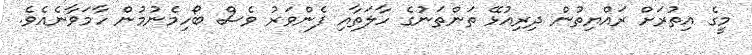
މީގެ އިތުރަށް ރައްޔިތުން ދިރިއުޅޭ ތަންތަނުގެ ހާލަތާއި ފެންވަރު ވެސް ބޯހިމެނުމުން ހާމަވާނެއެވެ.